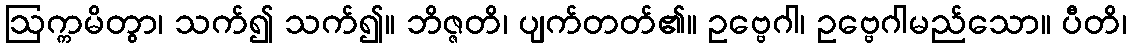
ဩက္ကမိတွာ၊ သက်၍ သက်၍။ ဘိဇ္ဇတိ၊ ပျက်တတ်၏။ ဥဗ္ဗေဂါ၊ ဥဗ္ဗေဂါမည်သော။ ပီတိ၊